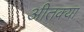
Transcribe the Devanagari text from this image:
अीतक्या